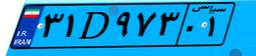
۲۲D۹۶۴۵۰